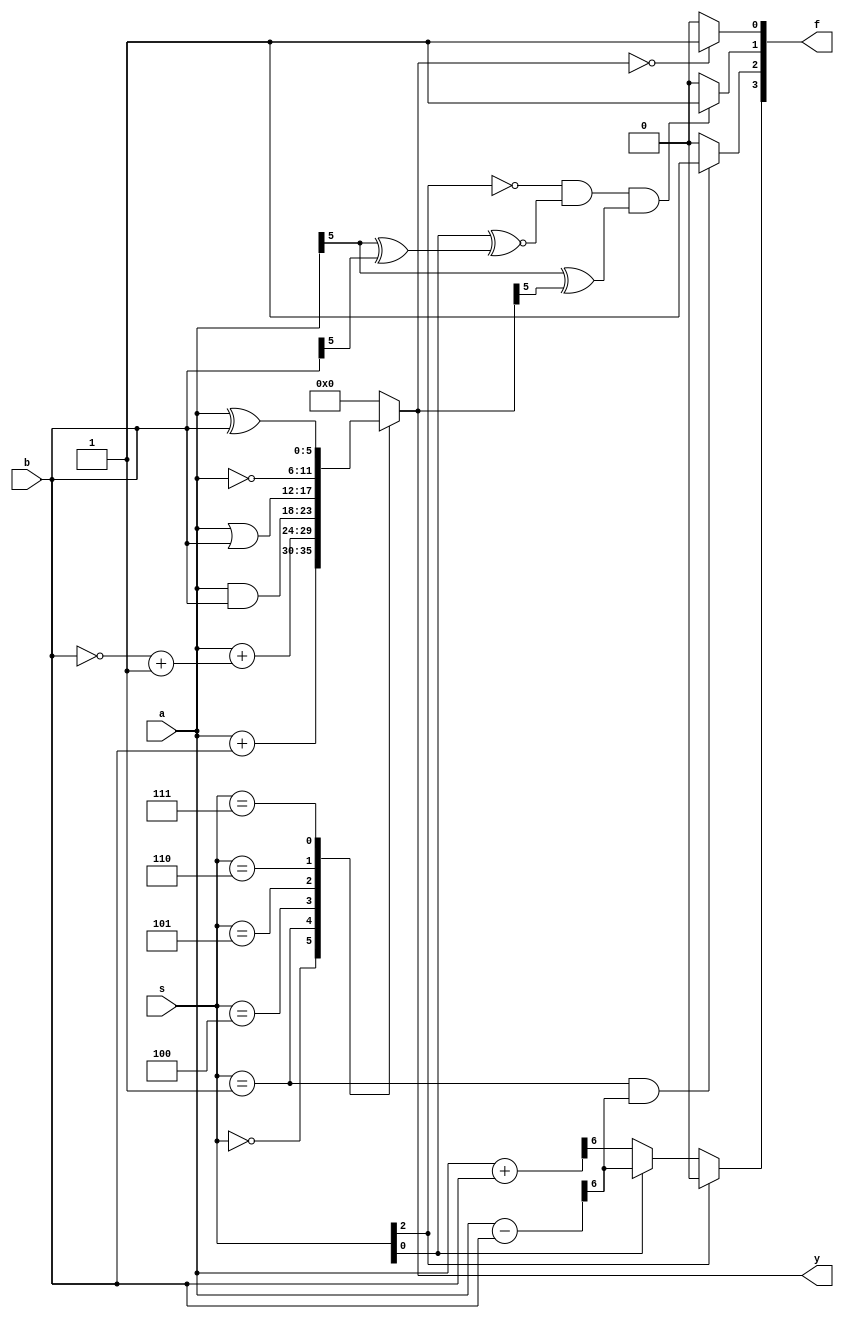
`timescale 1ns / 1ps
//////////////////////////////////////////////////////////////////////////////////
// Company: 
// Engineer: 
// 
// Design Name: 
// Module Name: ALU
// Project Name: 
// Target Devices: 
// Tool Versions: 
// Description: 
// 
// Dependencies: 
// 
// Revision:
// Revision 0.01 - File Created
// Additional Comments:
// 
//////////////////////////////////////////////////////////////////////////////////


module ALU(s, a, b, y, f);
    parameter  N = 6, M = 3, K = 4;
    input wire [M - 1 : 0] s;
    input wire [N - 1 : 0] a;
    input wire [N - 1 : 0] b;
    output reg [N - 1 : 0] y;
    output wire [K - 1 : 0] f;
    wire CF, S, V, Z;
    wire  C, F;
    wire [N - 1 : 0] add_sum, minus_sum;
    always @(*)
    begin
    	case (s)
    		3'b000: y = a + b;
    		3'b001: y = a + ( ~b + 'b1);//(F == 1) ? (('b1 << 6) - minus_sum) : minus_sum;
    		3'b100: y = a & b;
    		3'b101: y = a | b;
    		3'b110: y = ~a;
    		3'b111: y = a ^ b;
    		default : y = 'b0;
    	endcase 
    end
    assign f = {CF, S, V, Z};//carry/borrow positive/negative overflow/not zero/not
    assign CF = (s[M - 1] == 1) ? 0 : ((s[0] == 0) ? C : F);
    assign {C, add_sum} = a + b;
    assign {F, minus_sum} = a - b;	
    assign S = ((s == 3'b001) && (F == 1)) ? 1 : 0;//negative number only appears when doing subtraction
    assign V = ((s[M - 1] == 0) && (s[0] ^~ (a[N - 1] ^ b[N - 1])) && (a[N - 1] ^ y[N - 1])) ? 1 : 0;//overflow
    assign Z = (y == 'b0) ? 1 : 0;
endmodule